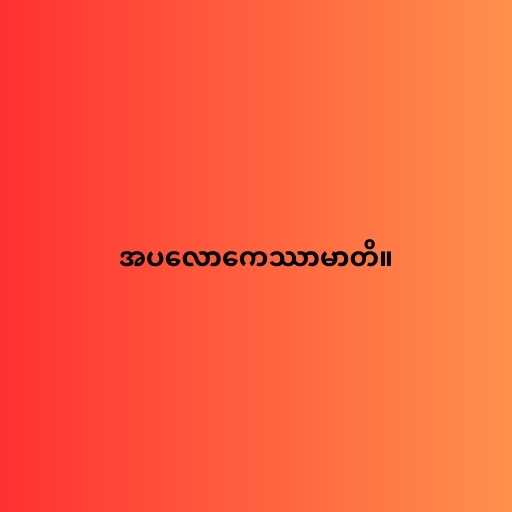
အပလောကေဿာမာတိ။